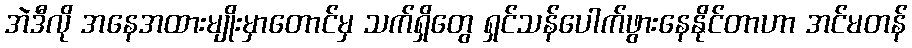
အဲဒီလို အနေအထားမျိုးမှာတောင်မှ သက်ရှိတွေ ရှင်သန်ပေါက်ဖွားနေနိုင်တာဟာ အင်မတန်